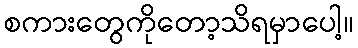
စကားတွေကိုတော့သိရမှာပေါ့။